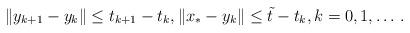
LaTeX: \begin{align*} \|y_{k+1}-y_k\|\leq {t}_{k+1}-{t}_k, \|x_{*}-y_k\|\leq {\tilde t}-{t}_k, k= 0,1, \ldots \,. \end{align*}